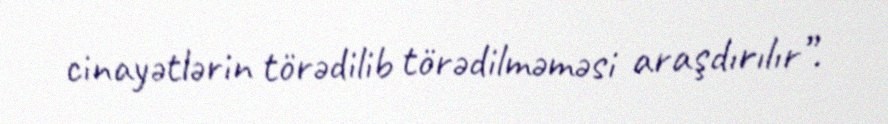
cinayətlərin törədilib törədilməməsi araşdırılır”.